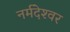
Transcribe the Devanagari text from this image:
नर्मदेश्‍वर